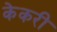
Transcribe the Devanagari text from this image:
केकरी